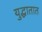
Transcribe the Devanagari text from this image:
युद्धातात